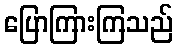
ပြောကြားကြသည်